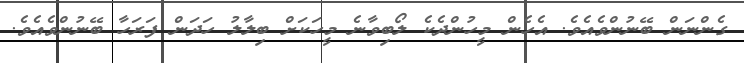
ގެންނަން ބޭނުންވެއެވެ. އެހެން މީހުންދެކެ ލޯބިވާނެ މީހަކަށް ބިލާލު ހަދަން ފަރަހާ ބޭނުންވެއެވެ.